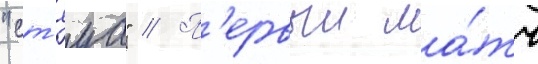
"ст'яуа" // П'ервыи ма́тч